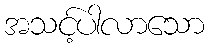
အသင့်ပါလာသော